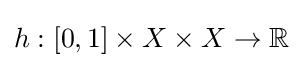
h:[0,1]\times X\times X\to \mathbb {R}